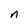
Character: n